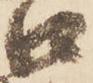
口